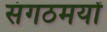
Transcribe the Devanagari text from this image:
संगठमयों